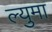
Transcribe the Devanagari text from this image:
ल्युमा